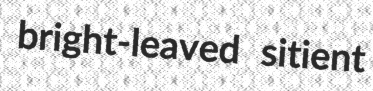
bright-leaved sitient